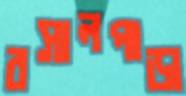
রসালপাড়া